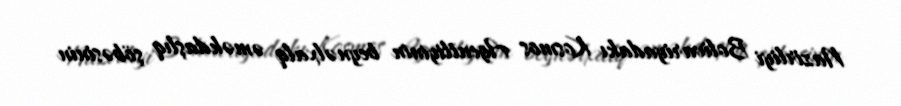
Nazirliyi Bolivariyadakı Kosmos Agentliyinin beynəlxalq əməkdaşlıq şöbəsinin